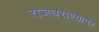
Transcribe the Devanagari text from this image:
राजघराण्यावर